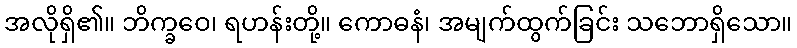
အလိုရှိ၏။ ဘိက္ခဝေ၊ ရဟန်းတို့။ ကောဓနံ၊ အမျက်ထွက်ခြင်း သဘောရှိသော။